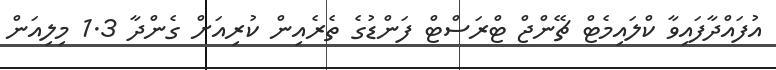
އުފައްދާފައިވާ ކްލައިމެޓް ޗޭންޖް ޓްރަސްޓް ފަންޑުގެ ތެރެއިން ކުރިއަށް ގެންދާ 1.3 މިލިއަން